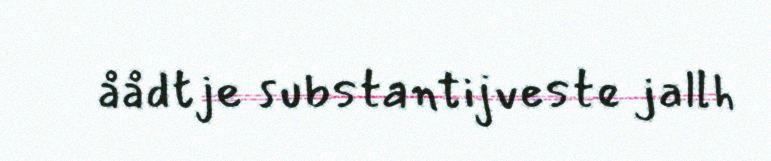
åådtje substantijveste jallh